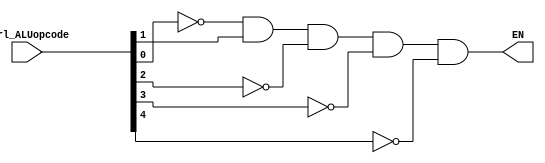
module bit_and_EN (EN,ctrl_ALUopcode);
	input [4:0] ctrl_ALUopcode;
	output EN;

	// Define the op[4:0]
	wire  op0, op1, op2, op3, op4;
	
	// Not gate otherwise no change
	not not0(op0, ctrl_ALUopcode[0]);
	assign op1 =  ctrl_ALUopcode[1];
	not not2(op2, ctrl_ALUopcode[2]);
	not not3(op3, ctrl_ALUopcode[3]);
	not not4(op4, ctrl_ALUopcode[4]);	
	

	
	// Define the and
	and and_5(EN, op0, op1, op2, op3, op4);
	
endmodule